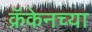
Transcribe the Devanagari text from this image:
क्रॅकेनच्या